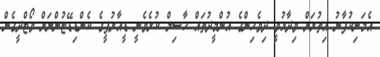
އެމަނިކުފާނު އިތުރަށް ވިދާޅުވީ ދިވެހިންގެ އުންމީދުތައް ހާސިލް ކުރެވެނީ ޑީއާރުޕީގެ ކެންޑިޑޭޓުންނަށް ވޯޓްދީގެން